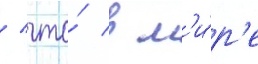
/ что́ в м'и́р'е